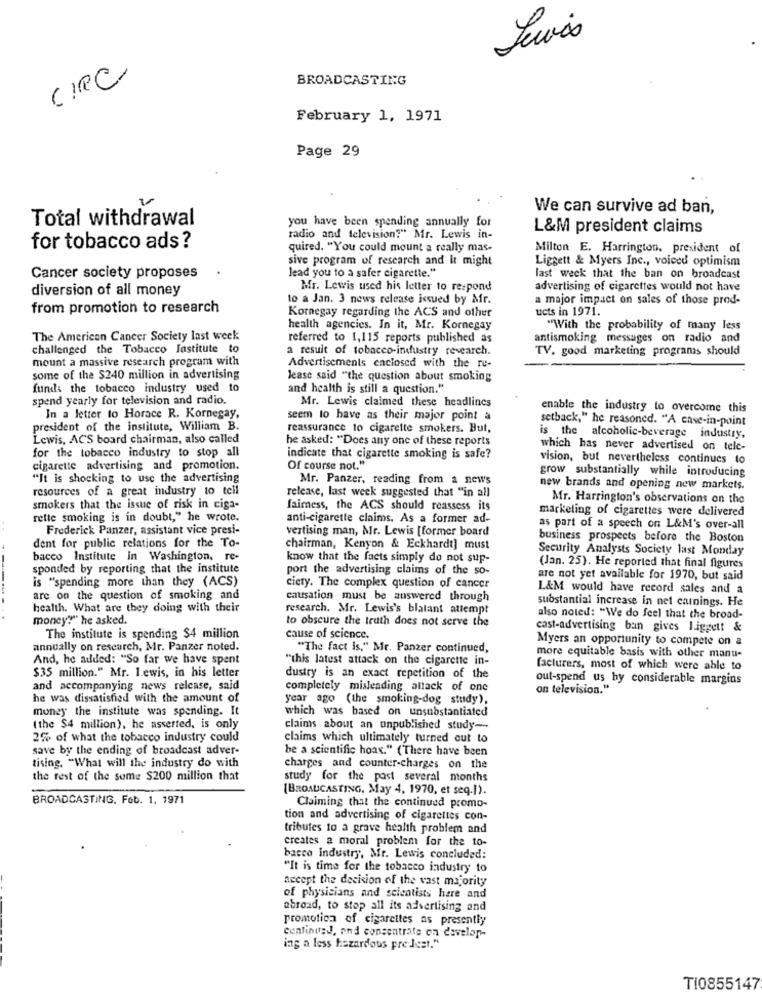
CIRC
BROADCASTING
February 1, 1971
Page 29
We can survive ad ban,
Total withdrawal
you have been spending annually for
L&M president claims
radio and television?" Mr. Lewis in-
for tobacco ads ?
quired. "You could mount a really mas-
Milton E. Harrington. president of
sive program of research and it might
Liggett & Myers Inc ., voiced optimism
Cancer society proposes
lead you to a safer cigarette."
last week that the ban on broadcast
diversion of all money
Mr. Lewis used his letter to respond
advertising of cigarettes would not have
to a Jan. 3 news release issued by Mr.
a major impact on sales of those prod-
from promotion to research
Kornegay regarding the ACS and other
ucts in 1971.
health agencies. In it, Mr. Kornegay
"With the probability of many less
The American Cancer Society last week:
referred to 1,115 reports published as
antismoking messages on radio and
challenged the Tobacco Jastitute to
a result of tobacco-industry research.
TV. good marketing programas should
mount a massive research program with
Advertisements enclosed with the re-
some of the $240 million in advertising
lease said "the question about smoking
funds the tobacco industry used to
and health is still a question."
spend yearly for television and radio.
Mr. Lewis claimed these headlines
enable the industry to overcome this
In a letter to Horace R. Kornegay,
seem to have as their major point a
setback," he reasoned. "A case-in-point
president of the institute, William B.
reassurance to cigarette smokers. But,
Lewis, ACS board chairman, also called
he asked: "Does any one of these reports
is the alcoholic-beverage industry,
which has never advertised on tele-
for the tobacco industry to stop all
indicate that cigarette smoking is safe?
vision, but nevertheless continues to
cigarette advertising and promotion.
Of course not."
grow substantially while introducing
"It is shocking to use the advertising
Mr. Panzer, reading from a news
resources of a great industry to tell
release, last week suggested that "in all
new brands and opening new markets.
Mr. Harrington's observations on the
smokers that the issue of risk in ciga-
fairness, the ACS should reassess its
marketing of cigarettes were delivered
rette smoking is in doubt," he wrote.
anti-cigarette claims. As a former ad-
Frederick Panzer, assistant vice presi-
vertising man, Mr. Lewis [former board
as part of a speech on L&M's over-all
dent for public relations for the To-
business prospects before the Boston
chairman, Kenyon & Eckhardt] must
Security Analysts Society last Monday
bacco Institute in Washington, re-
know that the facts simply do not sup-
sponded by reporting that the institute
port the advertising claims of the so-
(Jan. 25). He reported that final figures
are not yet available for 1970, but said
is "spending more than they (ACS)
ciety. The complex question of cancer
L&M would have record sales and a
are on the question of smoking and
causation must be answered through
substantial increase in net earnings. He
health. What are they doing with their
research. Mr. Lewis's blatant attempt
money?" he asked.
to obscure the truth does not serve the
also noted: "We do feel that the broad-
cast-advertising ban gives liggett &
The institute is spending $4 million
cause of science.
Myers an opportunity to compete on a
annually on research, Mr. Panzer noted.
"The fact is," Mr. Panzer continued,
And, he added: "So far we have spent
"this latest attack on the cigarette in-
more equitable basis with other manu-
$35 million." Mr. Lewis, in his letter
facturers, most of which were able to
dustry is an exact repetition of the
out-spend us by considerable margins
and accompanying news release, said
completely misleading attack of one
on television."
he was dissatisfied with the amount of
year ago (the smoking-dog study),
money the institute was spending. It
which was based on unsubstantiated
(the $4 million), he asserted, is only
claims about an unpublished study --
25% of what the tobacco industry could
claims which ultimately turned out to
save by the ending of broadcast adver-
be a scientific hoax." (There have been
tising. "What will the industry do with
charges and counter-charges on the
the rest of the some $200 million that
study for the past several months
[BROADCASTING. May 4, 1970, et seq.[).
BROADCASTING. Feb. 1, 1971
Claiming that the continued promo-
tion and advertising of cigarettes con-
tributes to a grave health problem and
creates a moral problem for the to-
bacco industry, Mr. Lewis concluded:
"It is time for the tobacco industry to
accept the decision of the vast majority
of physicians and scientists here and
abroad, to stop all its advertising and
promotion of cigarettes as presently
continusJ, and concentrate on develop-
ing a less hazardous pre Jest."
TI0855147